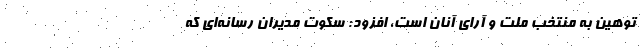
توهین به منتخب ملت و آرای آنان است، افزود: سکوت مدیران رسانه‌ای که